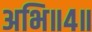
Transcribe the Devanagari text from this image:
अभि॥४॥